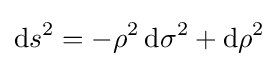
\mathrm {d} s^{2}=-\rho ^{2}\,\mathrm {d} \sigma ^{2}+\mathrm {d} \rho ^{2}